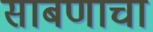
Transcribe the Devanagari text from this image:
साबणाचा